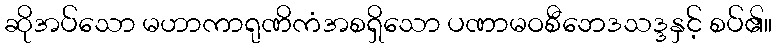
ဆိုအပ်သော မဟာကာရုဏိကံအစရှိသော ပဏာမဝစီဘေဒသဒ္ဒနှင့် စပ်၏။